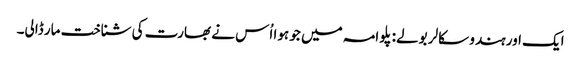
ایک اور ہندو سکالر بولے: پلوامہ میں جو ہوا اُس نے بھارت کی شناخت مار ڈالی۔